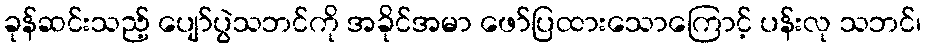
ခုန်ဆင်းသည့် ပျော်ပွဲသဘင်ကို အခိုင်အမာ ဖော်ပြထားသောကြောင့် ပန်းလု သဘင်၊